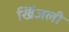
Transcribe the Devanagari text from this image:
खिंजली